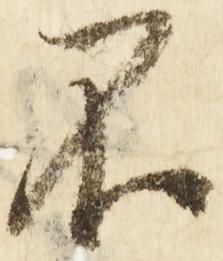
不